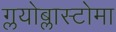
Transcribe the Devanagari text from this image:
ग्लयोब्लास्टोमा